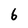
Character: 6